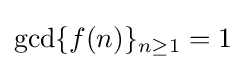
\gcd\{f(n)\}_{n\geq 1}=1